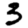
Digit: 3